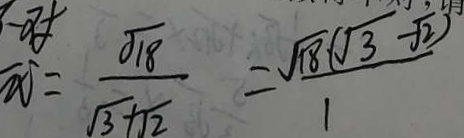
= \frac { \sqrt { 1 8 } } { \sqrt { 3 } + \sqrt { 2 } } = \frac { \sqrt { 1 8 } ( \sqrt { 3 } - \sqrt { 2 } ) } { 1 }